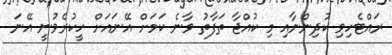
ރައްޓެހިވި ކުދިންނާއި މި ކުއްޖާ ތަފާތު ވާނެ ކަމަށް އޭނައަށް ހީކުރެވުނީ އޭނަ